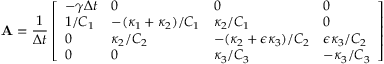
\mathbf { A } = \frac { 1 } { \Delta t } \left[ \begin{array} { l l l l } { - \gamma \Delta t } & { 0 } & { 0 } & { 0 } \\ { 1 / C _ { 1 } } & { - ( \kappa _ { 1 } + \kappa _ { 2 } ) / C _ { 1 } } & { \kappa _ { 2 } / C _ { 1 } } & { 0 } \\ { 0 } & { \kappa _ { 2 } / C _ { 2 } } & { - ( \kappa _ { 2 } + \epsilon \kappa _ { 3 } ) / C _ { 2 } } & { \epsilon \kappa _ { 3 } / C _ { 2 } } \\ { 0 } & { 0 } & { \kappa _ { 3 } / C _ { 3 } } & { - \kappa _ { 3 } / C _ { 3 } } \end{array} \right]